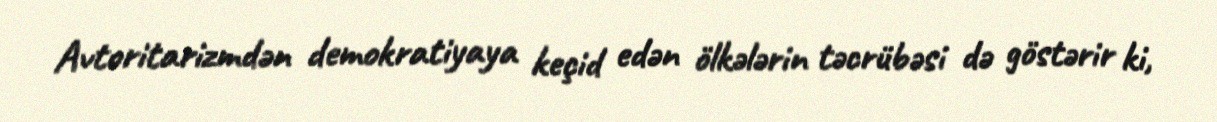
Avtoritarizmdən demokratiyaya keçid edən ölkələrin təcrübəsi də göstərir ki,